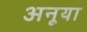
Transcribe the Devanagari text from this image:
अनूया